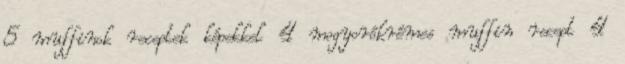
5 muffinok receptek képekkel 4 mogyorókrémes muffin recept 4